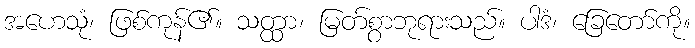
အဟေသုံ၊ ဖြစ်ကုန်၏။ သတ္ထာ၊ မြတ်စွာဘုရားသည်။ ပါဒံ၊ ခြေတော်ကို။